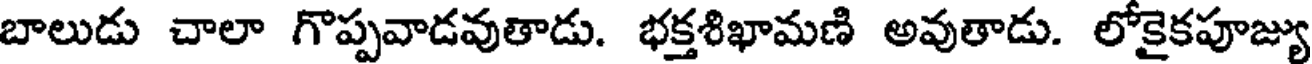
బాలుడు చాలా గొప్పవాడవుతాడు. భక్తశిఖామణి అవుతాడు. లోకైకపూజ్యు